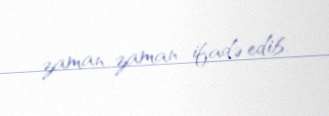
zaman-zaman ifadə edib.